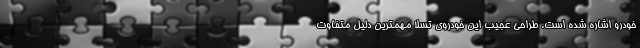
خودرو اشاره شده است. طراحی عجیب این خودروی تسلا مهمترین دلیل متفاوت